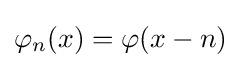
\varphi _{n}(x)=\varphi (x-n)